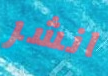
انشر